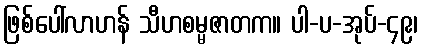
ဖြစ်ပေါ်လာဟန် သီဟစမ္မဇာတက။ ပါ-ပ-အုပ်-၄၉၊